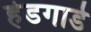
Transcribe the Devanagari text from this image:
हेडगार्ड